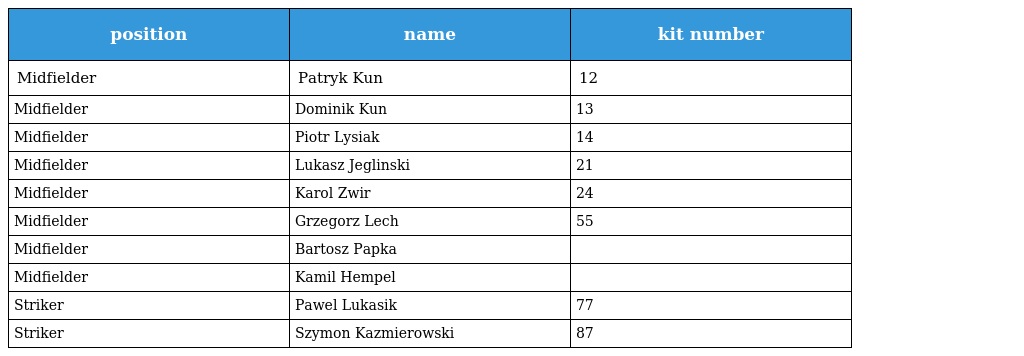
| position | name | kit number |
 | --- | --- | --- |
 | Midfielder | Patryk Kun | 12 |
 | Midfielder | Dominik Kun | 13 |
 | Midfielder | Piotr Lysiak | 14 |
 | Midfielder | Lukasz Jeglinski | 21 |
 | Midfielder | Karol Zwir | 24 |
 | Midfielder | Grzegorz Lech | 55 |
 | Midfielder | Bartosz Papka |  |
 | Midfielder | Kamil Hempel |  |
 | Striker | Pawel Lukasik | 77 |
 | Striker | Szymon Kazmierowski | 87 |